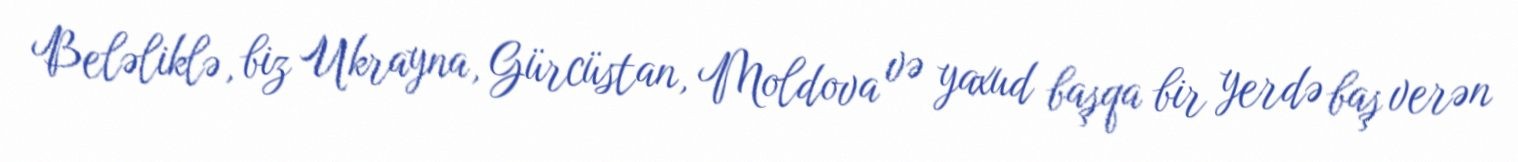
Beləliklə, biz Ukrayna, Gürcüstan, Moldova və yaxud başqa bir yerdə baş verən